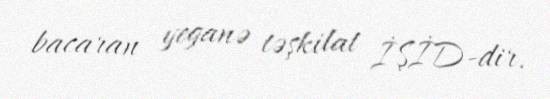
bacaran yeganə təşkilat İŞİD-dir.